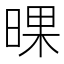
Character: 𣇫